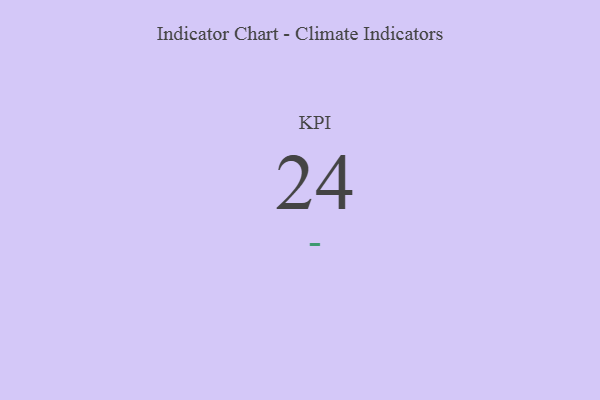
{"axis": {"x": "KPI", "y": "Value"}, "legend": [""], "data": [{"x": "KPI", "y": 24, "type": ""}]}